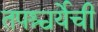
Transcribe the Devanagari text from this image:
तपश्चर्येची